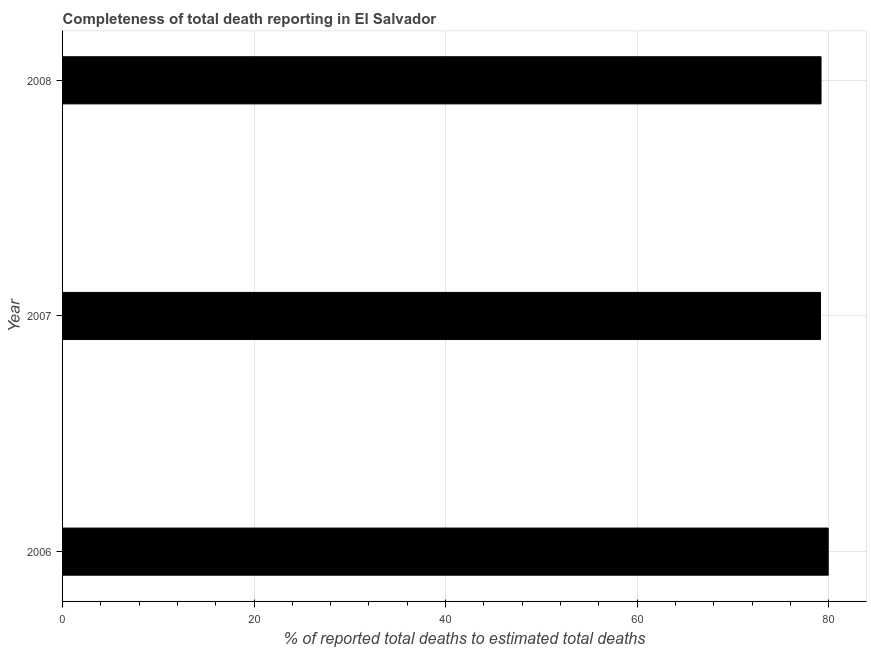
| Year | Completeness of total death reporting  |
 | --- | --- |
 | 2006 | 80 |
 | 2007 | 79.2 |
 | 2008 | 79.2 |